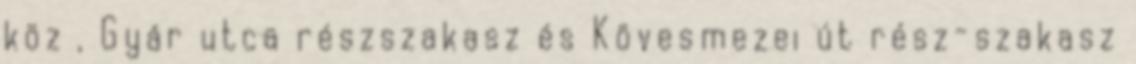
köz , Gyár utca részszakasz és Kövesmezei út rész-szakasz